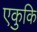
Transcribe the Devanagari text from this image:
एकुकि